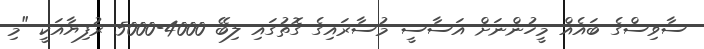
ސާވިސްގެ ބައެއް މީހުންނަށް އަސާސީ މުސާރައިގެ ގޮތުގައި ލިބޭ 4000-5000 ރުފިޔާއަކީ "މި